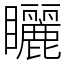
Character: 矖